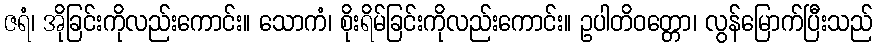
ဇရံ၊ အိုခြင်းကိုလည်းကောင်း။ သောကံ၊ စိုးရိမ်ခြင်းကိုလည်းကောင်း။ ဥပါတိဝတ္တော၊ လွန်မြောက်ပြီးသည်